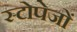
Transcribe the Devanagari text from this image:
स्टोपेजों